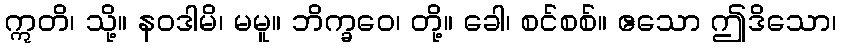
ဣတိ၊ သို့။ နဝဒါမိ၊ မမူ။ ဘိက္ခဝေ၊ တို့။ ခေါ၊ စင်စစ်။ ဧသော ဤဒိသော၊